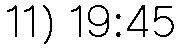
11) 19:45